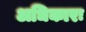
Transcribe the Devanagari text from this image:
अधिकारः